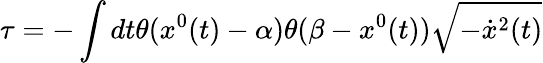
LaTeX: \tau=-\int dt\theta(x^{0}(t)-\alpha)\theta(\beta-x^{0}(t))\sqrt{-\dot{x}^{2}(t)}